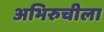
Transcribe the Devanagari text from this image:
अभिरुचीला